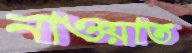
নাওয়াত